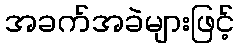
အခက်အခဲများဖြင့်